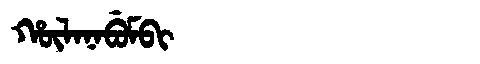
Manchu: ᡥᡡᠯᠠᠨᠠᠪᡠᠮᠪᡳ
Romanization: HŪLANABUMBI